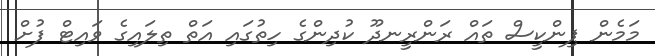
މަމެން ޕިންކީސް ތައް ރަންރީނދޫ ކުދިންގެ ހިތުގައި އަތް ތިލައިގެ ވައިޓް ފުށް